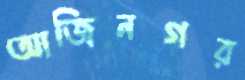
আজিনগর